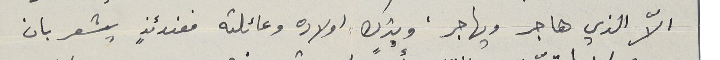
الاّ الذي هاجر ويهاجر، ويترك اولاده وعائلته فعندئذٍ يشعر بان